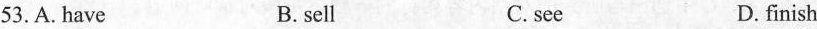
53.A.have B.sell C.see D.finish